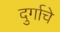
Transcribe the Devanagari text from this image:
दुर्गाचे